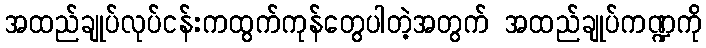
အထည်ချုပ်လုပ်ငန်းကထွက်ကုန်တွေပါတဲ့အတွက် အထည်ချုပ်ကဏ္ဍကို